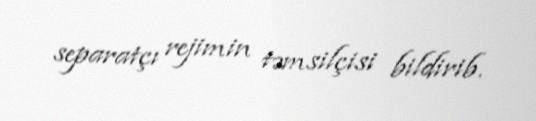
separatçı rejimin təmsilçisi bildirib.